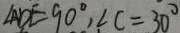
\angle A D E = 9 0 ^ { \circ } , \angle C = 3 0 ^ { \circ }